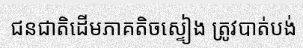
ជនជាតិដើមភាគតិចស្ទៀង ត្រូវបាត់បង់